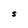
Character: S